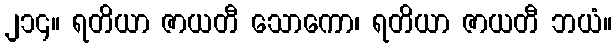
၂၁၄။ ရတိယာ ဇာယတီ သောကော၊ ရတိယာ ဇာယတီ ဘယံ။